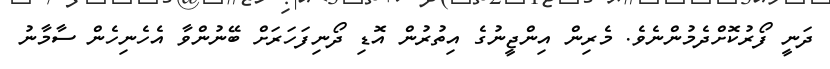
ދަނީ ފޯރުކޮށްދެމުންނެވެ. މެރިން އިންޖީނުގެ އިތުރުން އޮޑި ދޯނިފަހަރަށް ބޭނުންވާ އެހެނިހެން ސާމާނު